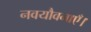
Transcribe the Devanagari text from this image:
नवयौवनाएँ।